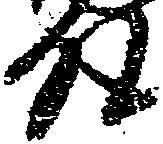
殿